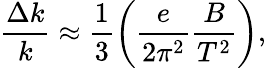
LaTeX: \frac{\Delta k}{k}\approx\frac{1}{3}\left(\frac{e}{2\pi^{2}}\frac{B}{T^{2}}\right),